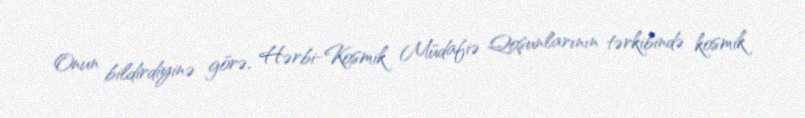
Onun bildirdiyinə görə, Hərbi-Kosmik Müdafiə Qoşunlarının tərkibində kosmik